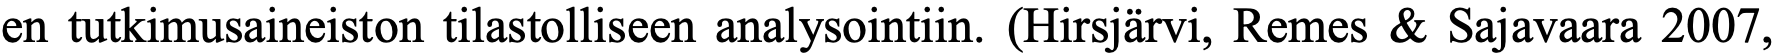
en tutkimusaineiston tilastolliseen analysointiin. (Hirsjärvi, Remes & Sajavaara 2007,